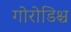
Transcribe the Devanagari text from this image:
गोरोडिश्च